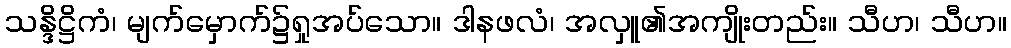
သန္ဒိဋ္ဌိကံ၊ မျက်မှောက်၌ရှုအပ်သော။ ဒါနဖလံ၊ အလှူ၏အကျိုးတည်း။ သီဟ၊ သီဟ။